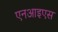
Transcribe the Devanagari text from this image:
एनआइएस